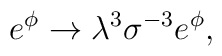
{e^\phi \rightarrow {\lambda}^{3}{\sigma}^{-3} e^\phi,}